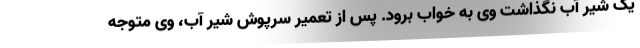
یک شیر آب نگذاشت وی به خواب برود. پس از تعمیر سرپوش شیر آب، وی متوجه